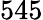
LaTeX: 545